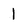
Character: 1